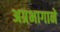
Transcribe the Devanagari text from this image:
अग्रभागाने